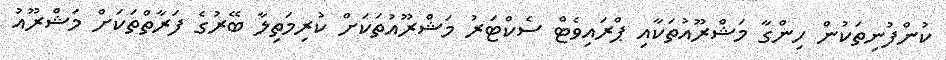
ކުންފުނިތަކުން ހިންގާ މަޝްރޫއުތަކާއި ޕްރައިވެޓް ސެކްޓަރު މަޝްރޫއުތަކަށް ކުރިމަތިލާ ބޭރުގެ ފަރާތްތަކަށް މަޝްރޫއު